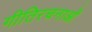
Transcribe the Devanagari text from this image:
गीतिरचनाओं